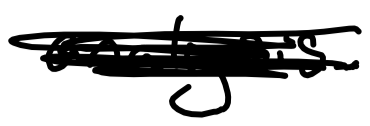
Text: analysis.
Cross-out: scratch
Writing tool: digital_black